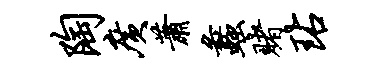
陶广萧蠡赌玷